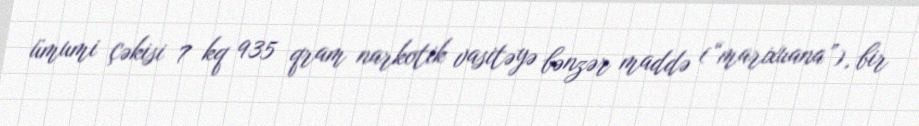
ümumi çəkisi 7 kq 935 qram narkotik vasitəyə bənzər maddə (“marixuana”), bir